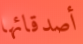
أصدقائها